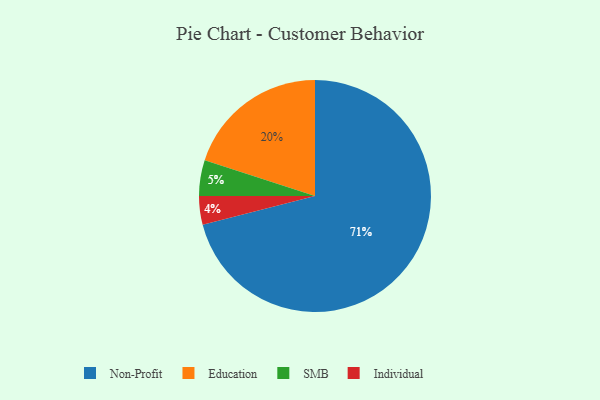
{"axis": {"x": "Category", "y": "Percentage"}, "legend": ["Education", "Individual", "Non-Profit", "SMB"], "data": [{"x": "Non-Profit", "y": 71, "type": "Non-Profit"}, {"x": "Education", "y": 20, "type": "Education"}, {"x": "Individual", "y": 4, "type": "Individual"}, {"x": "SMB", "y": 5, "type": "SMB"}]}